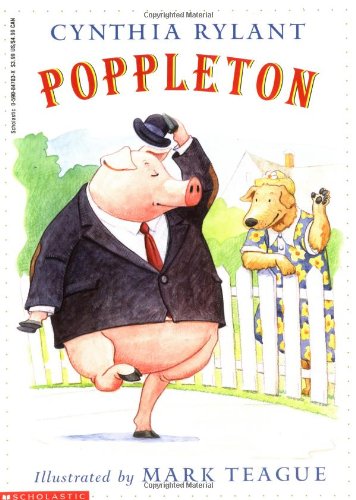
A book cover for Poppleton; Cynthia Rylant; Children's Books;